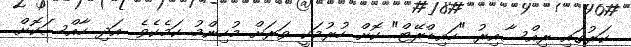
ކަރުގައި ރިއްސާއިރު "ހައިޑްރޭޓް" ކޮށް ހުރުމަކީ ވަރަށް މުހިންމު ކަމެކެވެ. އަދި ހާއްސަކޮށް